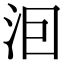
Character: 𭰊